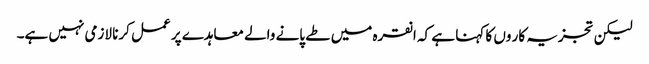
لیکن تجزیہ کار وں کا کہنا ہے کہ انقرہ میں طے پانے والے معاہدے پر عمل کرنا لازمی نہیں ہے۔